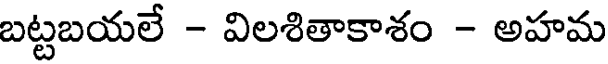
బట్టబయలే - విలశితాకాశం - అహమ